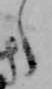
え